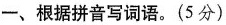
一、根据拼音写词语。(5分)